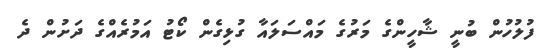
ފުލުހުން ބުނީ ޝާހީންގެ މަރުގެ މައްސަލައާ ގުޅިގެން ކޯޓު އަމުރެއްގެ ދަށުން ދެ